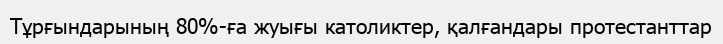
Тұрғындарының 80%-ға жуығы католиктер, қалғандары протестанттар